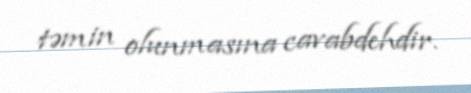
təmin olunmasına cavabdehdir.